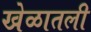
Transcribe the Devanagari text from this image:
खेळातली